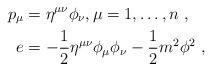
LaTeX: \begin{align*} p_\mu & = \eta^{\mu \nu} \phi_{\nu}, \mu = 1, \ldots, n \ , \\ e & = - \frac{1}{2} \eta^{\mu \nu} \phi_\mu \phi_\nu - \frac{1}{2} m^2 \phi^2 \ , \end{align*}